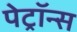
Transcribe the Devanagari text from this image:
पेट्रॉन्स